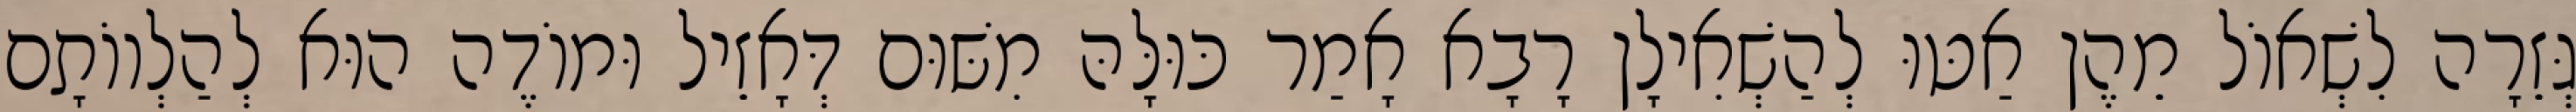
גְּזֵרָה לִשְׁאוֹל מֵהֶן אַטּוּ לְהַשְׁאִילָן רָבָא אָמַר כּוּלָּהּ מִשּׁוּם דְּאָזֵיל וּמוֹדֶה הוּא לְהַלְווֹתָם